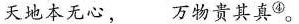
天地本无心， 万物贵其真④\rightarrow。